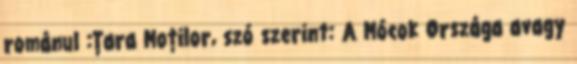
románul :Țara Moților, szó szerint: A Mócok Országa avagy